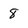
Character: 8